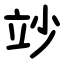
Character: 竗